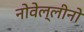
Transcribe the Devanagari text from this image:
नोवेल्लीनो